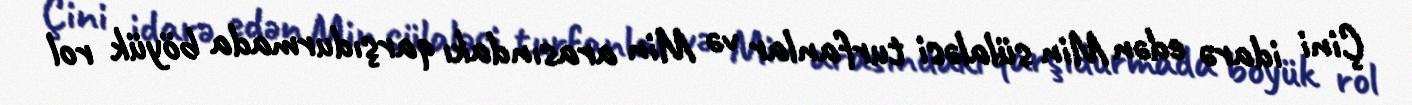
Çini idarə edən Min sülaləsi turfanlar və Min arasındakı qarşıdurmada böyük rol